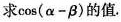
求$$\cos ( α - β )$$的值。